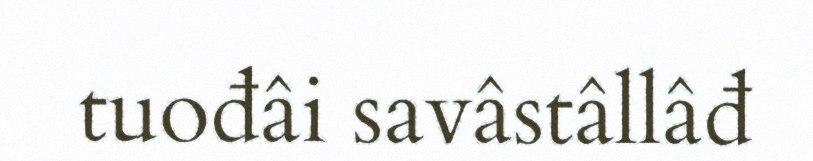
tuođâi savâstâllâđ